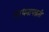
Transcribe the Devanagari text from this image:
साधनापद्धती